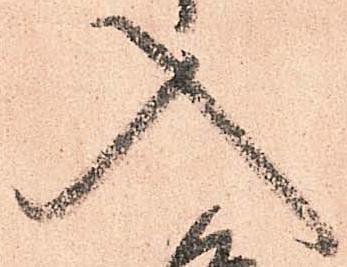
入